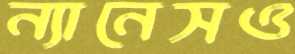
ন্যানেসও